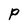
Character: P